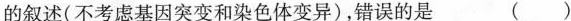
的叙述(不考虑基因突变和染色体变异)，错误的是 ( )